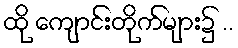
ထို ကျောင်းတိုက်များ၌ ..